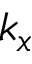
k _ { x }